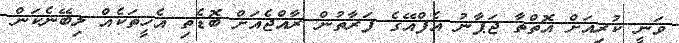
ވަނީ ކުރިއަށް އޮތްތާ ޖަޕާނު އެފްއޭގެ ފަރާތުން ރާއްޖެއަށް ބޮޑެތި އެހީތަކެއް ލިބޭނެކަން